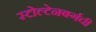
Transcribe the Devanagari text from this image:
स्टोल्टेनबर्गची